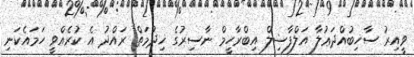
ވީއިރު ސާހިބުއްދަޢުލާ އަލްފާޟިލް އިބްރާހީމް ނާސިރުގެ ޚިދުމަތް ރައްދު އެ ކުރެއްވީ ހަމައެކަނި